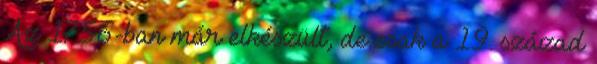
Az 1756-ban már elkészült, de csak a 19. század